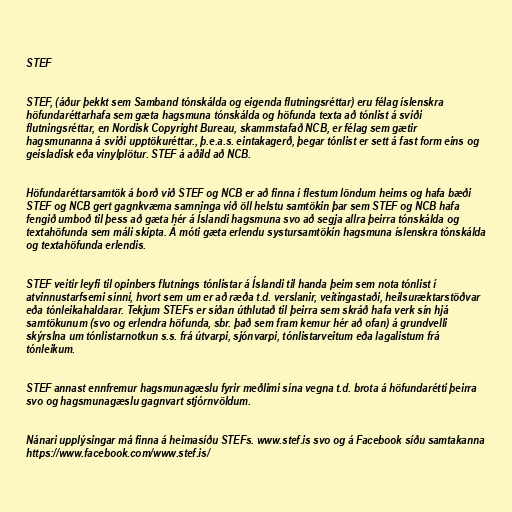
STEF

STEF, (áður þekkt sem Samband tónskálda og eigenda flutningsréttar) eru félag íslenskra
höfundaréttarhafa sem gæta hagsmuna tónskálda og höfunda texta að tónlist á sviði
flutningsréttar, en Nordisk Copyright Bureau, skammstafað NCB, er félag sem gætir
hagsmunanna á sviði upptökuréttar., þ.e.a.s. eintakagerð, þegar tónlist er sett á fast form eins og
geisladisk eða vinylplötur. STEF á aðild að NCB.

Höfundaréttarsamtök á borð við STEF og NCB er að finna í flestum löndum heims og hafa bæði
STEF og NCB gert gagnkvæma samninga við öll helstu samtökin þar sem STEF og NCB hafa
fengið umboð til þess að gæta hér á Íslandi hagsmuna svo að segja allra þeirra tónskálda og
textahöfunda sem máli skipta. Á móti gæta erlendu systursamtökin hagsmuna íslenskra tónskálda
og textahöfunda erlendis.

STEF veitir leyfi til opinbers flutnings tónlistar á Íslandi til handa þeim sem nota tónlist í
atvinnustarfsemi sinni, hvort sem um er að ræða t.d. verslanir, veitingastaði, heilsuræktarstöðvar
eða tónleikahaldarar. Tekjum STEFs er síðan úthlutað til þeirra sem skráð hafa verk sín hjá
samtökunum (svo og erlendra höfunda, sbr. það sem fram kemur hér að ofan) á grundvelli
skýrslna um tónlistarnotkun s.s. frá útvarpi, sjónvarpi, tónlistarveitum eða lagalistum frá
tónleikum.

STEF annast ennfremur hagsmunagæslu fyrir meðlimi sína vegna t.d. brota á höfundarétti þeirra
svo og hagsmunagæslu gagnvart stjórnvöldum.

Nánari upplýsingar má finna á heimasíðu STEFs. www.stef.is svo og á Facebook síðu samtakanna
https://www.facebook.com/www.stef.is/